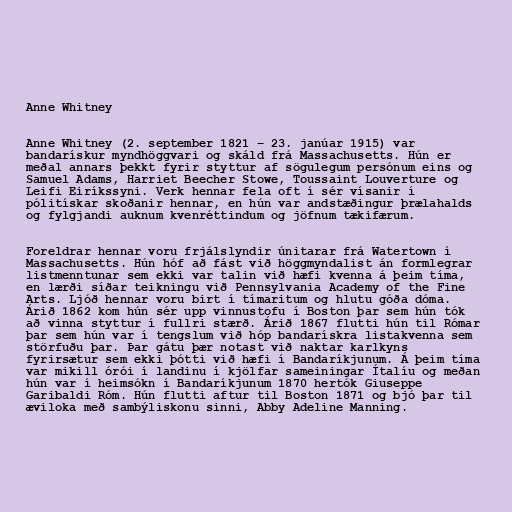
Anne Whitney

Anne Whitney (2. september 1821 – 23. janúar 1915) var
bandarískur myndhöggvari og skáld frá Massachusetts. Hún er
meðal annars þekkt fyrir styttur af sögulegum persónum eins og
Samuel Adams, Harriet Beecher Stowe, Toussaint Louverture og
Leifi Eiríkssyni. Verk hennar fela oft í sér vísanir í
pólitískar skoðanir hennar, en hún var andstæðingur þrælahalds
og fylgjandi auknum kvenréttindum og jöfnum tækifærum.

Foreldrar hennar voru frjálslyndir únitarar frá Watertown í
Massachusetts. Hún hóf að fást við höggmyndalist án formlegrar
listmenntunar sem ekki var talin við hæfi kvenna á þeim tíma,
en lærði síðar teikningu við Pennsylvania Academy of the Fine
Arts. Ljóð hennar voru birt í tímaritum og hlutu góða dóma.
Árið 1862 kom hún sér upp vinnustofu í Boston þar sem hún tók
að vinna styttur í fullri stærð. Árið 1867 flutti hún til Rómar
þar sem hún var í tengslum við hóp bandarískra listakvenna sem
störfuðu þar. Þar gátu þær notast við naktar karlkyns
fyrirsætur sem ekki þótti við hæfi í Bandaríkjunum. Á þeim tíma
var mikill órói í landinu í kjölfar sameiningar Ítalíu og meðan
hún var í heimsókn í Bandaríkjunum 1870 hertók Giuseppe
Garibaldi Róm. Hún flutti aftur til Boston 1871 og bjó þar til
æviloka með sambýliskonu sinni, Abby Adeline Manning.